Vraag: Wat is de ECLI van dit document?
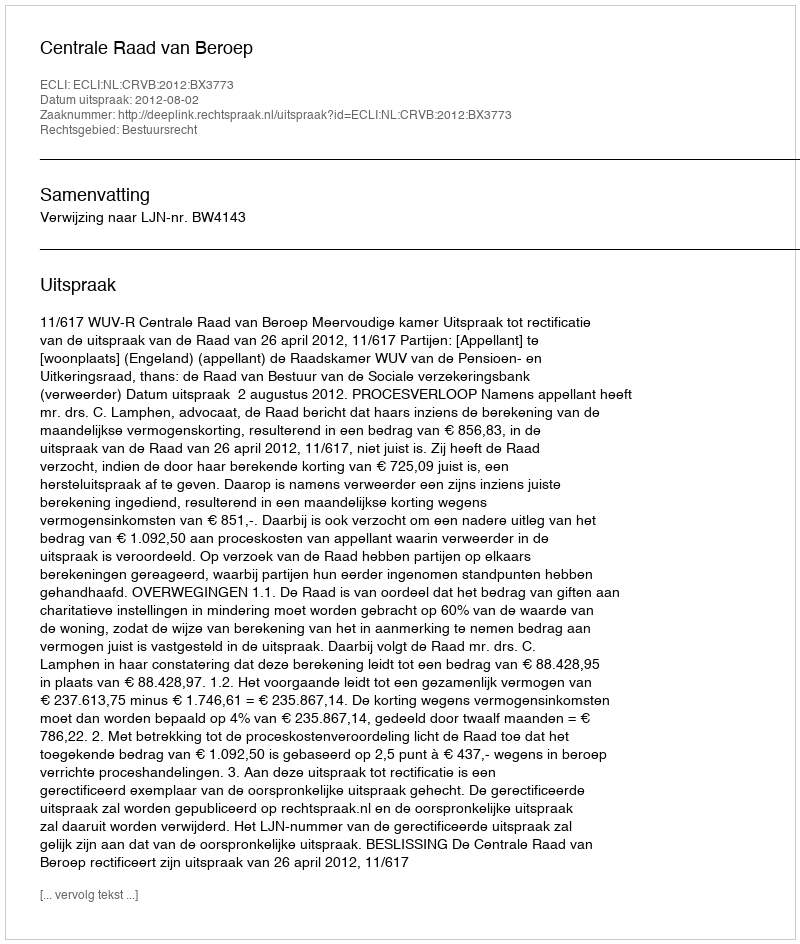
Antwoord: ECLI:NL:CRVB:2012:BX3773